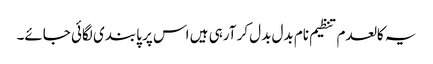
یہ کالعدم تنظیم نام بدل بدل کر آرہی ہیں اس پر پابندی لگائی جائے۔